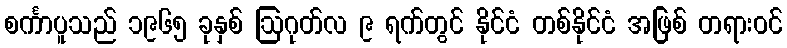
စင်္ကာပူသည် ၁၉၆၅ ခုနှစ် ဩဂုတ်လ ၉ ရက်တွင် နိုင်ငံ တစ်နိုင်ငံ အဖြစ် တရားဝင်